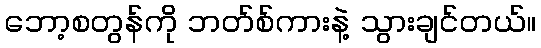
ဘော့စတွန်ကို ဘတ်စ်ကားနဲ့ သွားချင်တယ်။